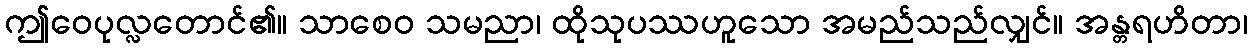
ဤဝေပုလ္လတောင်၏။ သာစေဝ သမညာ၊ ထိုသုပဿဟူသော အမည်သည်လျှင်။ အန္တရဟိတာ၊